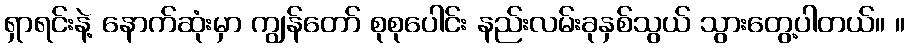
ရှာရင်းနဲ့ နောက်ဆုံးမှာ ကျွန်တော် စုစုပေါင်း နည်းလမ်းခုနှစ်သွယ် သွားတွေ့ပါတယ်။ ။